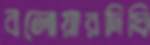
বলোয়ারদিঘি